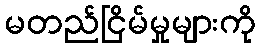
မတည်ငြိမ်မှုများကို